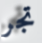
تجر